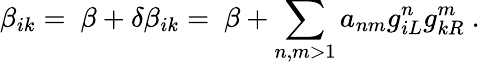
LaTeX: \beta_{ik}=\ \beta+\delta\beta_{ik}=\ \beta+\sum_{n,m>1}a_{nm}g_{iL}^{n}g_{kR}^{m}\ .